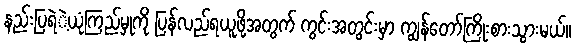
နည်းပြရဲဲ့ယုံကြည်မှုကို ပြန်လည်ရယူဖို့အတွက် ကွင်းအတွင်းမှာ ကျွန်တော်ကြိုးစားသွားမယ်။